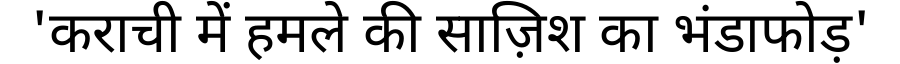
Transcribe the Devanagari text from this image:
'कराची में हमले की साज़िश का भंडाफोड़'